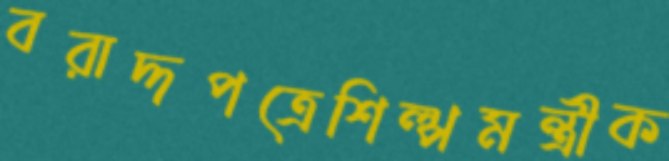
বরাদ্দপত্রেশিল্পমন্ত্রীক